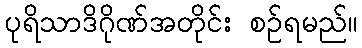
ပုရိသာဒိဂိုဏ်အတိုင်း စဉ်ရမည်။